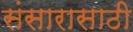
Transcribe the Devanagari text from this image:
संसारासाठी